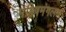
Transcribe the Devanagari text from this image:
महिषमंगलम